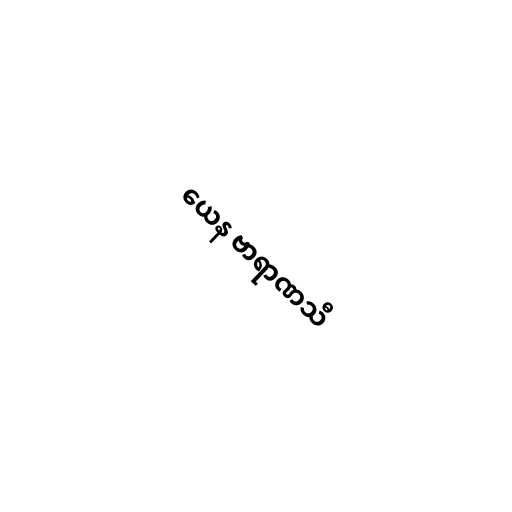
ယေန ဗာရာဏသီ